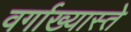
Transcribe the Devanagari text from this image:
वर्गाख्यास्ते